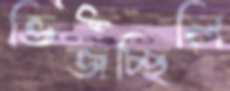
ভিজচ্ছিলি